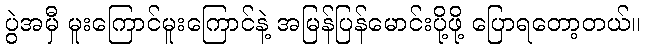
ပွဲအမှီ မူးကြောင်မူးကြောင်နဲ့ အမြန်ပြန်မောင်းပို့ဖို့ ပြောရတော့တယ်။